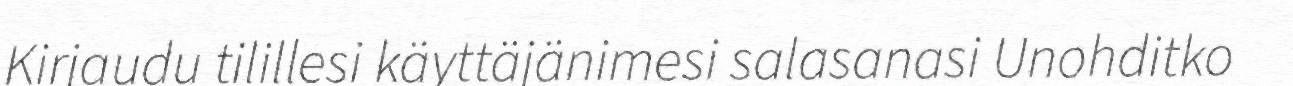
Kirjaudu tilillesi käyttäjänimesi salasanasi Unohditko